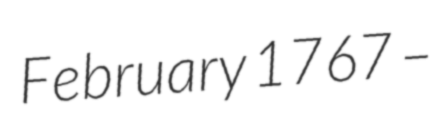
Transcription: February 1767 –